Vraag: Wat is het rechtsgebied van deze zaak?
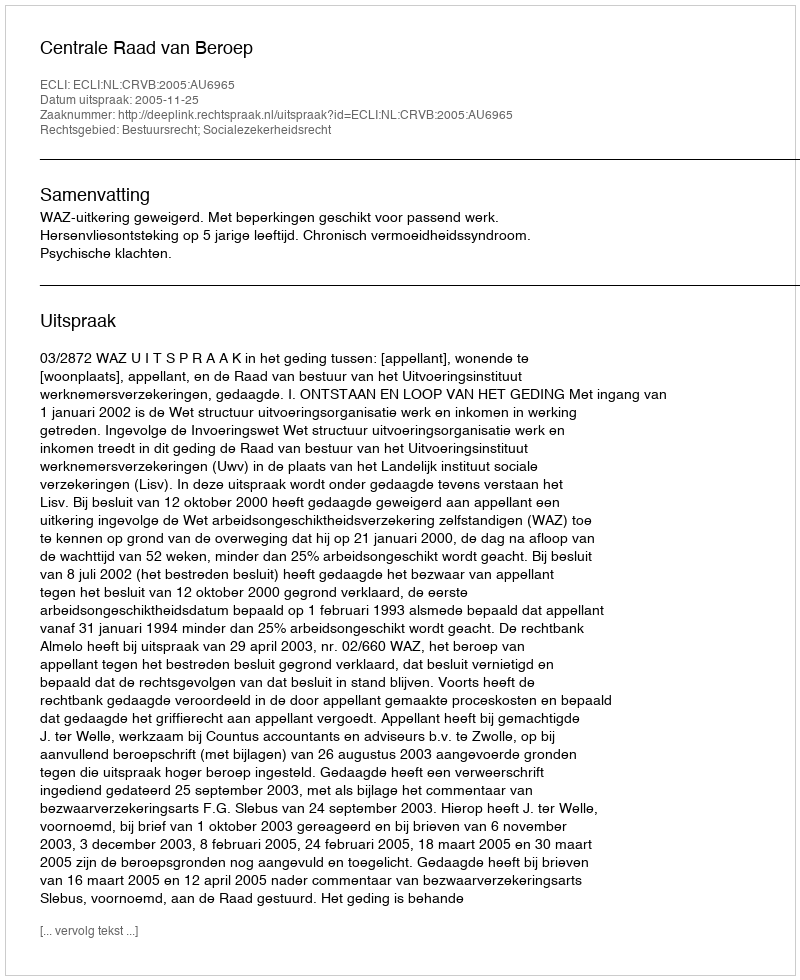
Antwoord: Bestuursrecht; Socialezekerheidsrecht